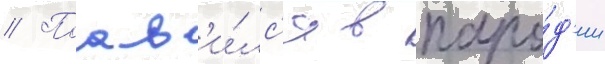
// Поав'и́лс'я в паро́д'ии